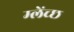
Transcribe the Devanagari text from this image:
म्लेंच्छ